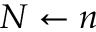
N \gets n